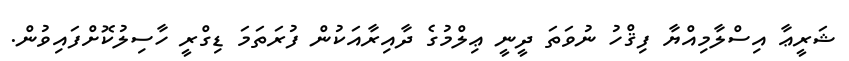
ޝަރީޢާ އިސްލާމިއްޔާ ފިޤްހު ނުވަތަ ދީނީ ޢިލްމުގެ ދާއިރާއަކުން ފުރަތަމަ ޑިގްރީ ހާސިލުކޮށްފައިވުން.